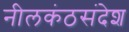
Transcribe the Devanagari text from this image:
नीलकंठसंदेश